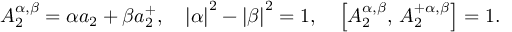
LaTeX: A _ { 2 } ^ { \alpha , \beta } = \alpha a _ { 2 } + \beta a _ { 2 } ^ { + } , \quad \left| \alpha \right| ^ { 2 } - \left| \beta \right| ^ { 2 } = 1 , \quad \left[ A _ { 2 } ^ { \alpha , \beta } , \, A _ { 2 } ^ { + \alpha , \beta } \right] = 1 .